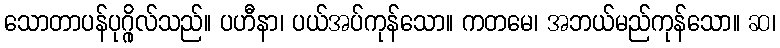
သောတာပန်ပုဂ္ဂိုလ်သည်။ ပဟီနာ၊ ပယ်အပ်ကုန်သော။ ကတမေ၊ အဘယ်မည်ကုန်သော။ ဆ၊